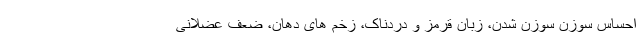
احساس سوزن سوزن شدن، زبان قرمز و دردناک، زخم های دهان، ضعف عضلانی